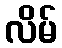
လိမ်